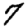
Digit: 7